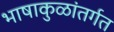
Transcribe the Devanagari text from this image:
भाषाकुळांतर्गत